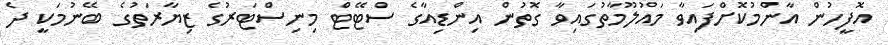
އޮފީހުން އާންމުކޮށްފައިވާ މައުލޫމާތުގައިވާ ގޮތުން އިންޑިއާގެ ސްޓޭޓް މިނިސްޓަރުގެ ޒިޔާރަތުގެ ބޭނުމަކީ ދެ